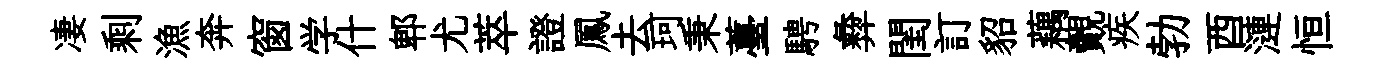
凄剩漁奔窗学什郫尤萃證鳳去珂秉薹騁彜閨訂貂藕覿疾勃酉漣恒